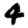
Digit: 4